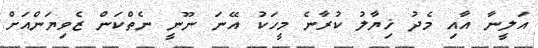
އަލީނާ އާއި މެދު ޚިޔާލު ކުރާނެ މީހަކު އޭނަ ނޫނީ ނެތްކަން ޒެވިޔަންއަށް